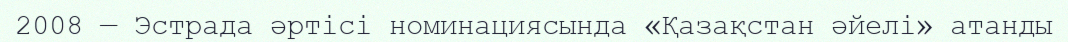
2008 — Эстрада әртісі номинациясында «Қазақстан әйелі» атанды